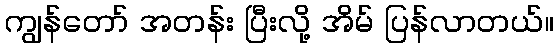
ကျွန်တော် အတန်း ပြီးလို့ အိမ် ပြန်လာတယ်။